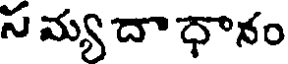
స మ్య దా ధానం